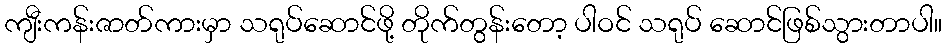
ကျီးကန်းဇာတ်ကားမှာ သရုပ်ဆောင်ဖို့ တိုက်တွန်းတော့ ပါဝင် သရုပ် ဆောင်ဖြစ်သွားတာပါ။